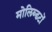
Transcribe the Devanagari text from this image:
मोलिब्डटों